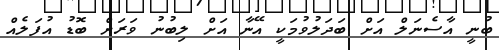
ބުނީ އާސެނަލް އަށް ބަދަލުވުމަކީ އޭނާ އަށް ލިބުނު ވަރަށް ބޮޑު އުފަލެއް